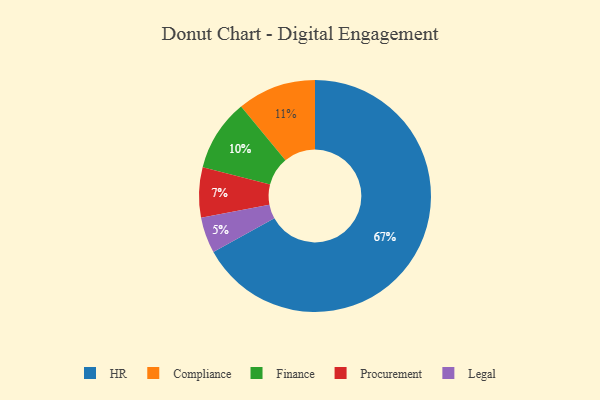
{"axis": {"x": "Category", "y": "Percentage"}, "legend": ["Compliance", "Finance", "HR", "Legal", "Procurement"], "data": [{"x": "Compliance", "y": 11, "type": "Compliance"}, {"x": "Procurement", "y": 7, "type": "Procurement"}, {"x": "Legal", "y": 5, "type": "Legal"}, {"x": "Finance", "y": 10, "type": "Finance"}, {"x": "HR", "y": 67, "type": "HR"}]}